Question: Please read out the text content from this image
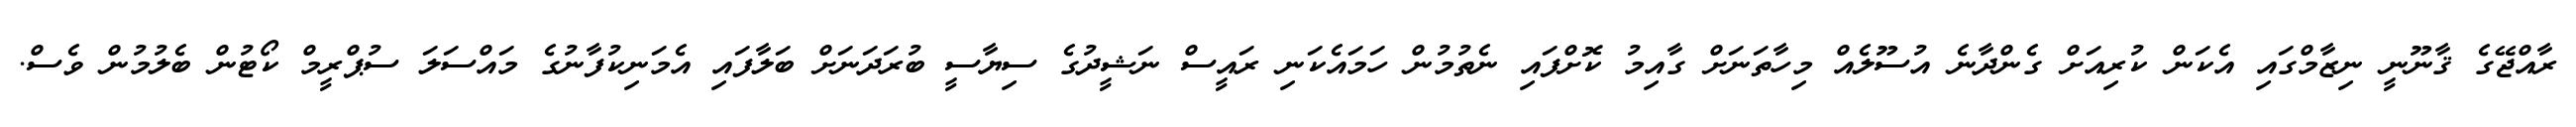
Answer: ރާއްޖޭގެ ޤާނޫނީ ނިޒާމްގައި އެކަން ކުރިއަށް ގެންދާނެ އުސޫލެއް މިހާތަނަށް ގާއިމު ކޮށްފައި ނެތުމުން ހަމައެކަނި ރައީސް ނަޝީދުގެ ސިޔާސީ ބުރަދަނަށް ބަލާފައި އެމަނިކުފާނުގެ މައްސަލަ ސުޕްރީމް ކޯޓުން ބެލުމުން ވެސް.